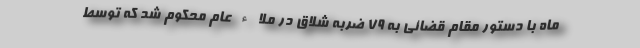
ماه با دستور مقام قضائی به ۷۹ ضربه شلاق در ملاء عام محکوم شد که توسط